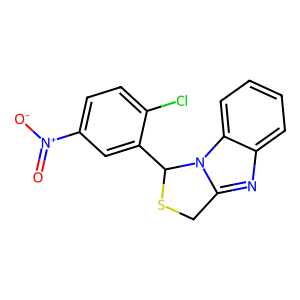
SMILES: O=[N+]([O-])c1ccc(Cl)c(C2SCc3nc4ccccc4n32)c1
Inhibits HIV replication: Yes